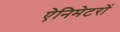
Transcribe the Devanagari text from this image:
ऐनिमेटरों